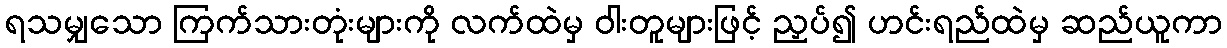
ရသမျှသော ကြက်သားတုံးများကို လက်ထဲမှ ဝါးတူများဖြင့် ညှပ်၍ ဟင်းရည်ထဲမှ ဆည်ယူကာ